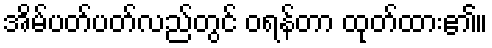
အိမ်ပတ်ပတ်လည်တွင် ဝရန်တာ ထုတ်ထား၏။